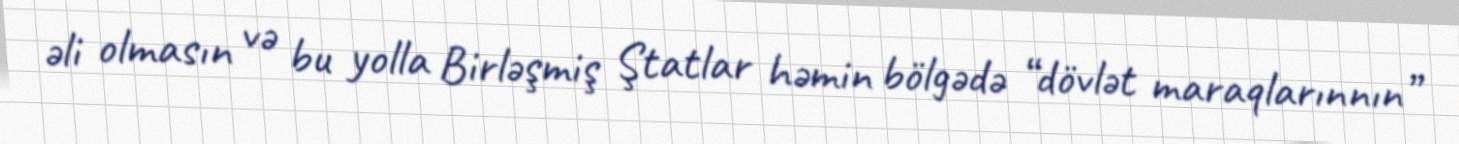
əli olmasın və bu yolla Birləşmiş Ştatlar həmin bölgədə “dövlət maraqlarınnın”